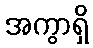
အကွာရှိ